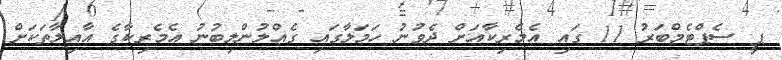
ޕީ ސެޕްޓެމްބަރު 11 ގައި އެމެރިކާއަށް ދެވުނު ހަމަލާގައި ގެއްލުންލިބުނު އެމެރިކާގެ އާއިލާތަކަށް